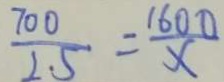
\frac { 7 0 0 } { 2 . 5 } = \frac { 1 6 0 0 } { x }